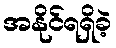
အနိုင်ရရှိခဲ့